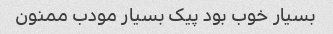
بسیار خوب بود پیک بسیار مودب ممنون